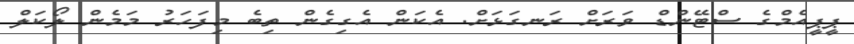
ޕީޕީއެމްގެ ސްޓޭންޑް ވަރަށް ރަނގަޅަށް. އެކަން އެގިގެން ތިބެ މިފަހަރު މަމެން ލޯކަލް